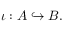
\iota : A \hookrightarrow B .